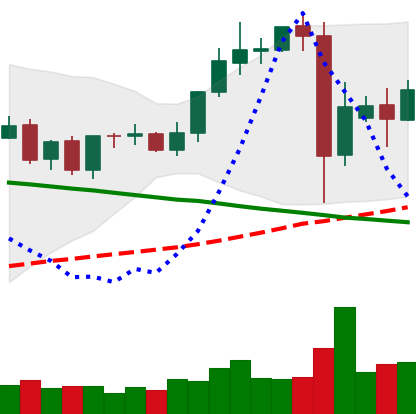
Ticker: TRX-USD
Chart end date: 2021-09-11
Forward return: 21.685%
Label: up_7plus